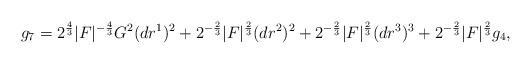
LaTeX: \begin{align*} g_7 = 2^{\frac{4}{3}} |F|^{-\frac{4}{3}} G^2 (dr^1)^2 + 2^{-\frac{2}{3}}|F|^\frac{2}{3} (dr^2)^2 + 2^{-\frac{2}{3}}|F|^\frac{2}{3} (dr^3)^3 + 2^{-\frac{2}{3}}|F|^\frac{2}{3} g_4,\end{align*}